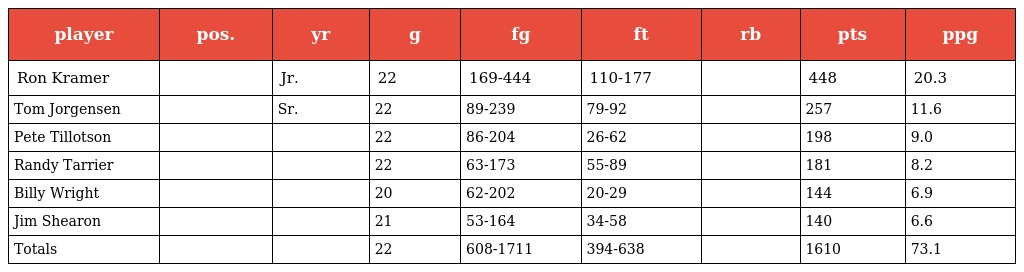
| player | pos. | yr | g | fg | ft | rb | pts | ppg |
 | --- | --- | --- | --- | --- | --- | --- | --- | --- |
 | Ron Kramer |  | Jr. | 22 | 169-444 | 110-177 |  | 448 | 20.3 |
 | Tom Jorgensen |  | Sr. | 22 | 89-239 | 79-92 |  | 257 | 11.6 |
 | Pete Tillotson |  |  | 22 | 86-204 | 26-62 |  | 198 | 9.0 |
 | Randy Tarrier |  |  | 22 | 63-173 | 55-89 |  | 181 | 8.2 |
 | Billy Wright |  |  | 20 | 62-202 | 20-29 |  | 144 | 6.9 |
 | Jim Shearon |  |  | 21 | 53-164 | 34-58 |  | 140 | 6.6 |
 | Totals |  |  | 22 | 608-1711 | 394-638 |  | 1610 | 73.1 |